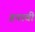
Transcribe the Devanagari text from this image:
हनावी